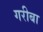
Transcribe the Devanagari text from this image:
गरीबा